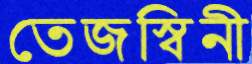
তেজস্বিনী